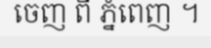
ចេញ ពី ភ្នំពេញ ។